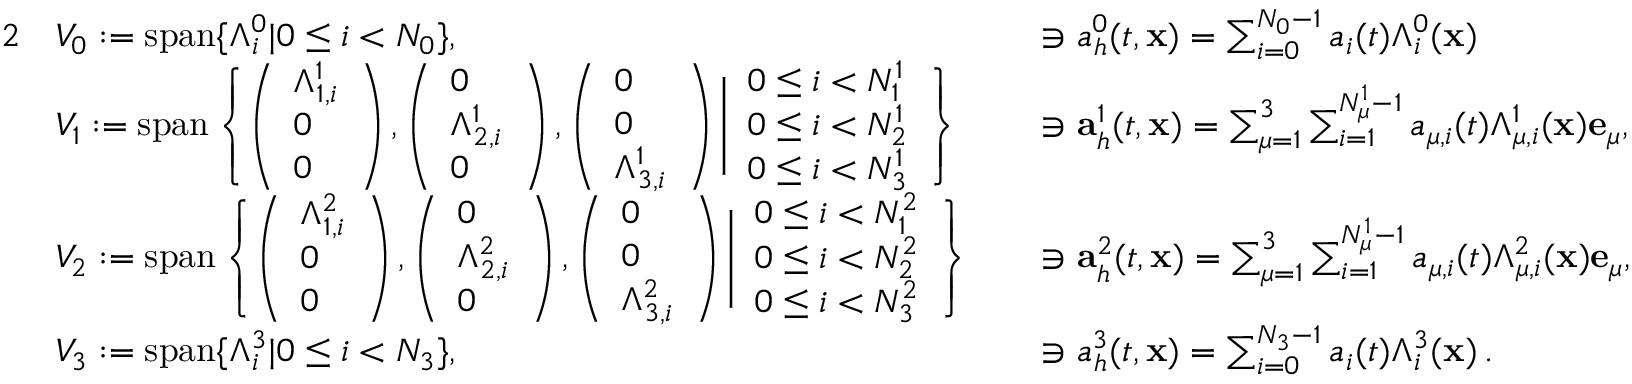
\begin{array} { r l r l } { { 2 } } & { V _ { 0 } : = \mathrm { s p a n } \{ \Lambda _ { i } ^ { 0 } | 0 \le i < N _ { 0 } \} , } & & { \ni { a } _ { h } ^ { 0 } ( t , { \mathbf x } ) = \sum _ { i = 0 } ^ { N _ { 0 } - 1 } a _ { i } ( t ) \Lambda _ { i } ^ { 0 } ( { \mathbf x } ) } \\ & { V _ { 1 } : = \mathrm { s p a n } \left\{ \left( \begin{array} { l } { \Lambda _ { 1 , i } ^ { 1 } } \\ { 0 } \\ { 0 } \end{array} \right) , \left( \begin{array} { l } { 0 } \\ { \Lambda _ { 2 , i } ^ { 1 } } \\ { 0 } \end{array} \right) , \left( \begin{array} { l } { 0 } \\ { 0 } \\ { \Lambda _ { 3 , i } ^ { 1 } } \end{array} \right) \Bigg | \begin{array} { l } { 0 \le i < N _ { 1 } ^ { 1 } } \\ { 0 \le i < N _ { 2 } ^ { 1 } } \\ { 0 \le i < N _ { 3 } ^ { 1 } } \end{array} \right\} } & & { \ni { \mathbf a } _ { h } ^ { 1 } ( t , { \mathbf x } ) = \sum _ { \mu = 1 } ^ { 3 } \sum _ { i = 1 } ^ { N _ { \mu } ^ { 1 } - 1 } a _ { \mu , i } ( t ) \Lambda _ { \mu , i } ^ { 1 } ( { \mathbf x } ) { \mathbf e } _ { \mu } , } \\ & { V _ { 2 } : = \mathrm { s p a n } \left\{ \left( \begin{array} { l } { \Lambda _ { 1 , i } ^ { 2 } } \\ { 0 } \\ { 0 } \end{array} \right) , \left( \begin{array} { l } { 0 } \\ { \Lambda _ { 2 , i } ^ { 2 } } \\ { 0 } \end{array} \right) , \left( \begin{array} { l } { 0 } \\ { 0 } \\ { \Lambda _ { 3 , i } ^ { 2 } } \end{array} \right) \Bigg | \begin{array} { l } { 0 \le i < N _ { 1 } ^ { 2 } } \\ { 0 \le i < N _ { 2 } ^ { 2 } } \\ { 0 \le i < N _ { 3 } ^ { 2 } } \end{array} \right\} } & & { \ni { \mathbf a } _ { h } ^ { 2 } ( t , { \mathbf x } ) = \sum _ { \mu = 1 } ^ { 3 } \sum _ { i = 1 } ^ { N _ { \mu } ^ { 1 } - 1 } a _ { \mu , i } ( t ) \Lambda _ { \mu , i } ^ { 2 } ( { \mathbf x } ) { \mathbf e } _ { \mu } , } \\ & { V _ { 3 } : = \mathrm { s p a n } \{ \Lambda _ { i } ^ { 3 } | 0 \le i < N _ { 3 } \} , } & & { \ni { a } _ { h } ^ { 3 } ( t , { \mathbf x } ) = \sum _ { i = 0 } ^ { N _ { 3 } - 1 } a _ { i } ( t ) \Lambda _ { i } ^ { 3 } ( { \mathbf x } ) \, . } \end{array}